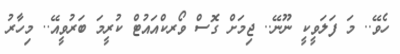
ހެވޭ.. މަ ފަލަވީކީ ނޫނޭ.. ޖިމަށް ގޮސް ވޯރކްއައުޓް ކުރީމަ ބަރުވީއޭ.. މިހާރު